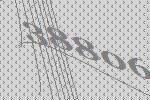
38806